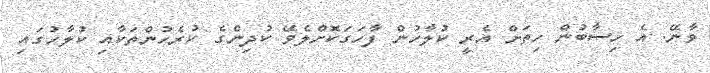
ވާނޭ. އެ ހިސާބުން ހިތަށް އެރީ ކުލާހުން ފާހަގަކޮށްލެވޭ ކުދިންގެ ކުރެހުންތަކާއި ކުލާހުގައި